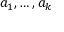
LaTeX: a _ { 1 } , \ldots , a _ { k }